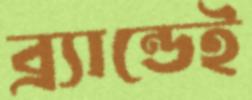
ব্র্যান্ডেই